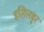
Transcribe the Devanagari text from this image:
इसिलडुर